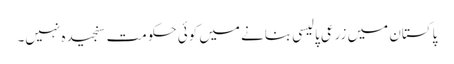
پاکستان میں زرعی پالیسی بنانے میں کوئی حکومت سنجیدہ نہیں۔